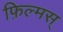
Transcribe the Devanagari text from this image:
फ़िल्मस्